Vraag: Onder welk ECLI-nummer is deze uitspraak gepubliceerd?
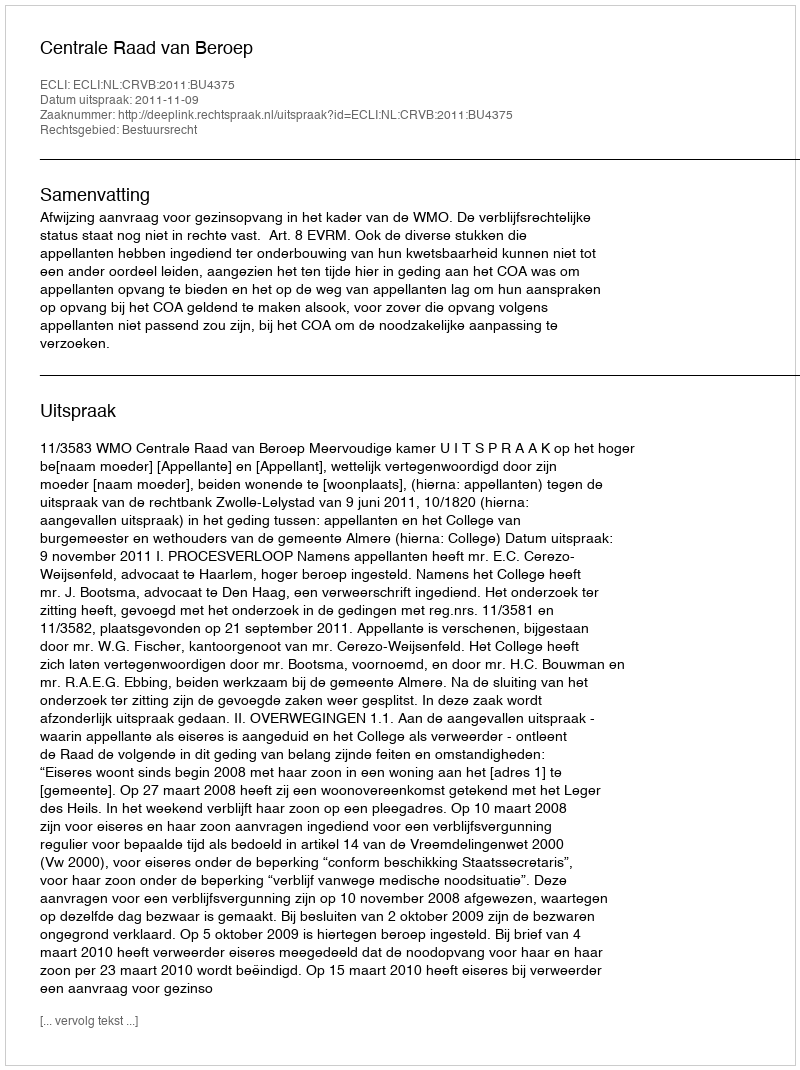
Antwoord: ECLI:NL:CRVB:2011:BU4375